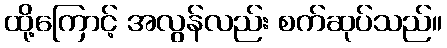
ထို့ကြောင့် အလွန်လည်း စက်ဆုပ်သည်။